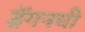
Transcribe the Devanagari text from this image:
ड्रॅगनची